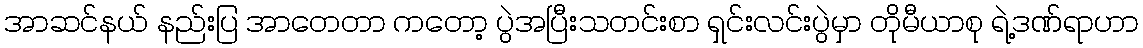
အာဆင်နယ် နည်းပြ အာတေတာ ကတော့ ပွဲအပြီးသတင်းစာ ရှင်းလင်းပွဲမှာ တိုမီယာစု ရဲ့ဒဏ်ရာဟာ